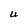
Character: U